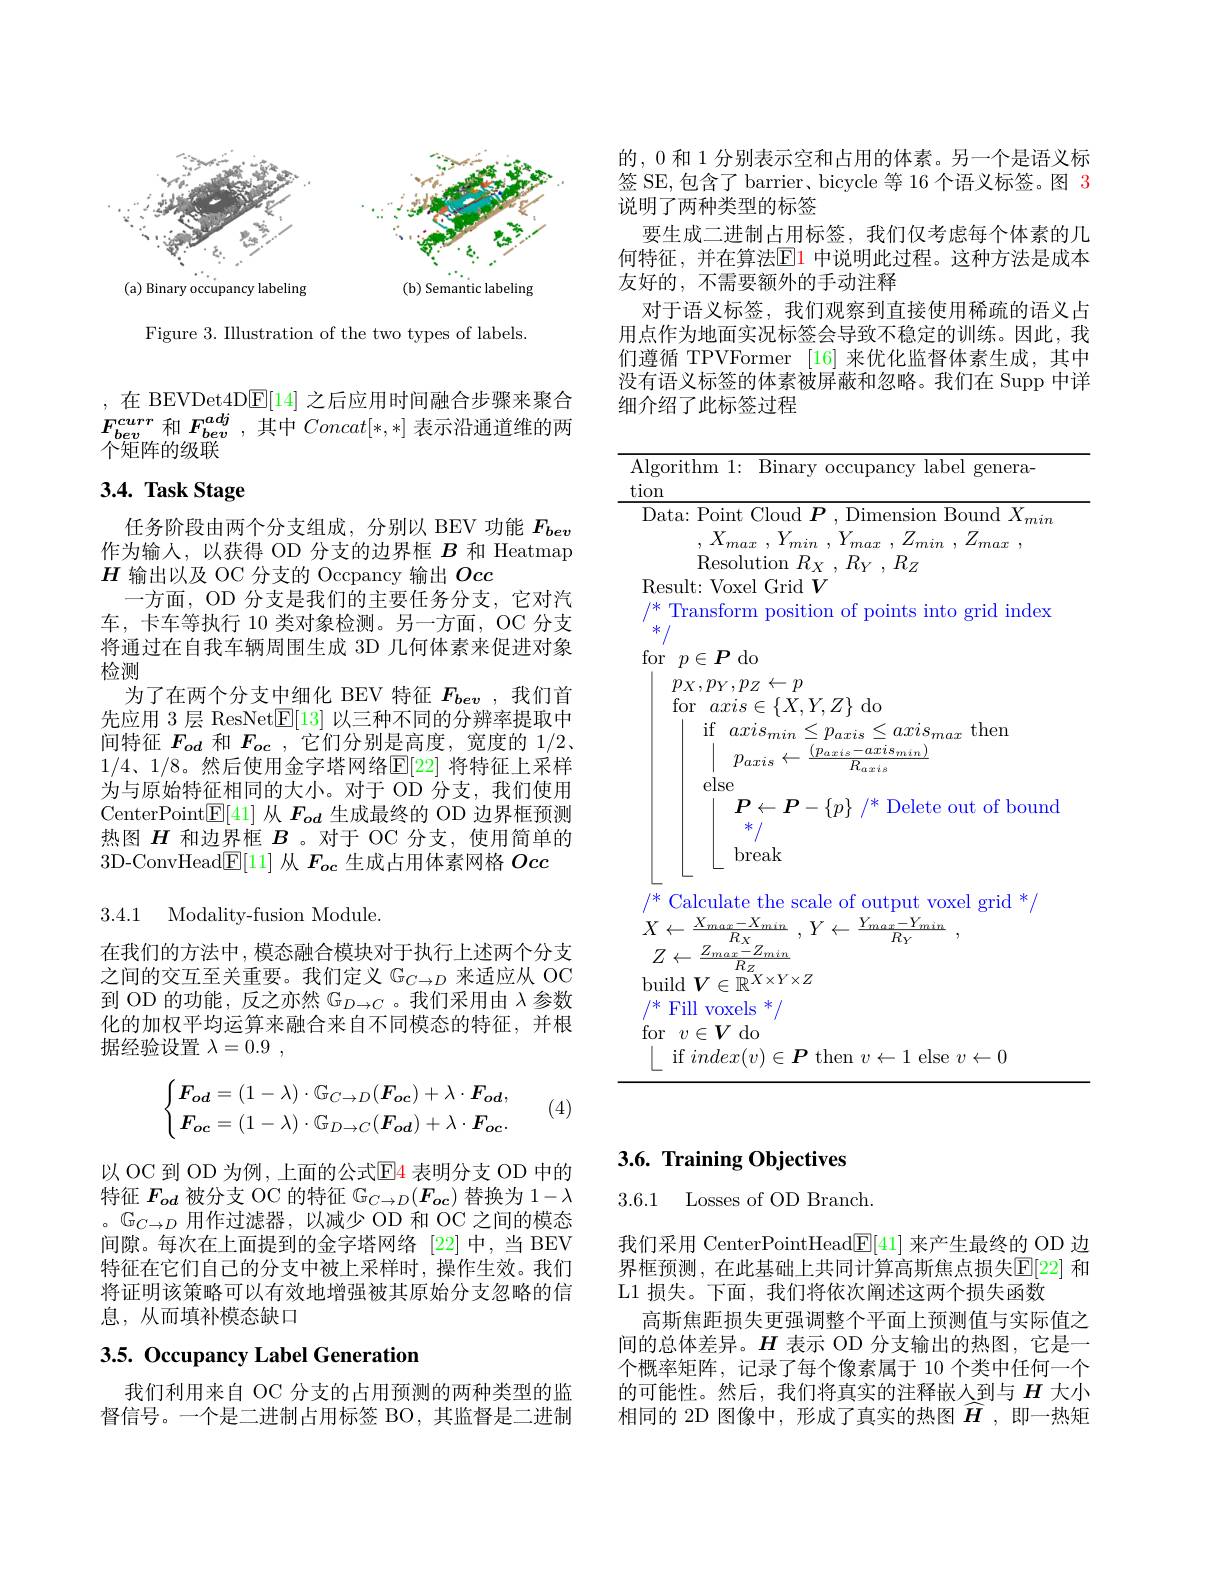
<FigureHere>

Figure 3. Illustration of the two types of labels.

,在 BEVDet4D$\underline{\mathrm{E}}[14]$ 之后应用时间融合步骤来聚合$F_{bev}^{curr}$和$F_bev^{adj}$,其中$Concat[*,*]$表示沿通道维的两$\bar{\text{个矩阵的级联}}$

# 3.4. Task Stage

任务阶段由两个分支组成，分别以 BEV 功能$F_{bev}$ 作为输入，以获得 OD 分支的边界框$B$和 Heatmap $H$输出以及 OC 分支的 Occpancy 输出Occ
一方面，OD 分支是我们的主要任务分支，它对汽车，卡车等执行 10 类对象检测。另一方面，OC 分支将通过在自我车辆周围生成 3D 几何体素来促进对象检测
为了在两个分支中细化 BEV 特征$F_{bev}$ ,我们首先应用 3 层 ResNet$\underline{\mathrm{E}}[13]$以三种不同的分辨率提取中间特征$F_{od}$和$F_{oc}$ ,它们分别是高度，宽度的1/2. $1/4、1/8$。然后使用金字塔网络$\mathbb{E}[22]$ 将特征上采样为与原始特征相同的大小。对于 OD 分支，我们使用CenterPoint$\boxed{\mathbb{E}}[41]$从$F_{od}$生成最终的 OD 边界框预测热图$H$和边界框$B$ 。对于 OC 分支，使用简单的3D-ConvHead$\underline{\mathrm{E}}[11]$从$F_{oc}$生成占用体素网格Occ

3.4.1 Modality-fusion Module.

在我们的方法中，模态融合模块对于执行上述两个分支之间的交互至关重要。我们定义$\mathbb{G}_C\to D$来适应从 OC 到 OD 的功能，反之亦然$\mathbb{G}_D\to C$ 。我们采用由$\lambda$参数化的加权平均运算来融合来自不同模态的特征，并根据经验设置$\lambda=0.9$,
$$\begin{cases}\boldsymbol{F_{od}}=(1-\lambda)\cdot\mathbb{G}_{C\to D}(\boldsymbol{F_{oc}})+\lambda\cdot\boldsymbol{F_{od}},\\\boldsymbol{F_{oc}}=(1-\lambda)\cdot\mathbb{G}_{D\to C}(\boldsymbol{F_{od}})+\lambda\cdot\boldsymbol{F_{oc}}.\end{cases}$$
(4)

以 OC 到 OD 为例 , 上面的公式$\mathbb{E}$4 表明分支 OD 中的特征$F_{od}$被分支 OC 的特征$\mathbb{G}_C\to D(F_{oc})$替换为 1$-\lambda$ 。$\mathbb{G}_{C\to D}$用作过滤器，以减少 OD 和 OC 之间的模态间隙。每次在上面提到的金字塔网络 [22]中，当 BEV 特征在它们自己的分支中被上采样时，操作生效。我们将证明该策略可以有效地增强被其原始分支忽略的信息，从而填补模态缺口

## 3.5. Occupancy Label Generation

我们利用来自 OC 分支的占用预测的两种类型的监督信号。一个是二进制占用标签 BO,其监督是二进制

的，0 和 1 分别表示空和占用的体素。另一个是语义标签 SE,包含了 barrier、bicycle 等 16 个语义标签。图 3说明了两种类型的标签
要生成二进制占用标签，我们仅考虑每个体素的几何特征，并在算法$\underline{\mathrm{E}}\color{red}{1}$ 中说明此过程。这种方法是成本友好的，不需要额外的手动注释
对于语义标签，我们观察到直接使用稀疏的语义占用点作为地面实况标签会导致不稳定的训练。因此，我们遵循 TPVFormer [16]来优化监督体素生成，其中没有语义标签的体素被屏蔽和忽略。我们在 Supp 中详细介绍了此标签过程

Algorithm 1: Binary occupancy label genera-
$\underline{\tan cnt1}$cnt1
${\overline{\text{Data: Point Cloud }\boldsymbol{P},\text{ Dimension Bound }X_{min}}}$
, $X_{max}$ , $Y_{min}$ , $Y_{max}$ , $Z_{min}$ , $Z_{max}$ ,
Resolution $R_X$ , $R_Y$ , $R_Z$
Result: Voxel Grid $V$
$/^*$ Transform position of points into grid index
*/
for$p\in P$do
$p_X,p_Y,p_Z\leftarrow p$
for$axis\in\{X,Y,Z\}$do
if$axis_min\leq p_{axis}\leq axis_{max}$then
$\begin{array}{c}|&p_{axis}\leftarrow\frac{(p_{axis}-axis_{min})}{R_{axis}}\end{array}$
else
$P\leftarrow P-\{p\}$ /* Delete out of bound
*/ break
$\begin{array} { l } {{/ ^{* }\text{ Calculate the scale of output voxel grid }^{* }/ }}\\ {{X\leftarrow \frac {X_{max}- X_{min}}{R_{x}}}}{{Z_{max}- Z_{min}}}\end{array} , Y\leftarrow \frac {Y_{max}- Y_{min}}{{R_{Y}}}$ ,
$Z\leftarrow\frac{Z_{max}^{R_X}}{R_{Z_X}}$
$\mathop{\text{build}}\boldsymbol{V}\in\mathbb{R}^{X\times Y\times Z}$
$/^*$ Fill voxels $^*/$
for$v\in V$do
$\bigsqcup$if$index(v)\in\boldsymbol{P}$ then $v\leftarrow1$ else $v\leftarrow0$

# 3.6. Training Objectives

3.6.1 Losses of OD Branch.

我们采用 CenterPointHead$\mathbb{E}[41]$来产生最终的 OD 边界框预测，在此基础上共同计算高斯焦点损失$\mathbb{E}[22]$ 和L1 损失。下面，我们将依次阐述这两个损失函数
高斯焦距损失更强调整个平面上预测值与实际值之间的总体差异。$H$表示 OD 分支输出的热图，它是一个概率矩阵，记录了每个像素属于 10 个类中任何一个的可能性。然后，我们将真实的注释嵌人到与$H$大小相同的 2D 图像中，形成了真实的热图$\widehat{H}$ ,即一热矩